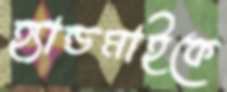
হ্যান্ডমাইকে